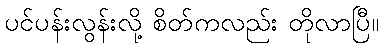
ပင်ပန်းလွန်းလို့ စိတ်ကလည်း တိုလာပြီ။